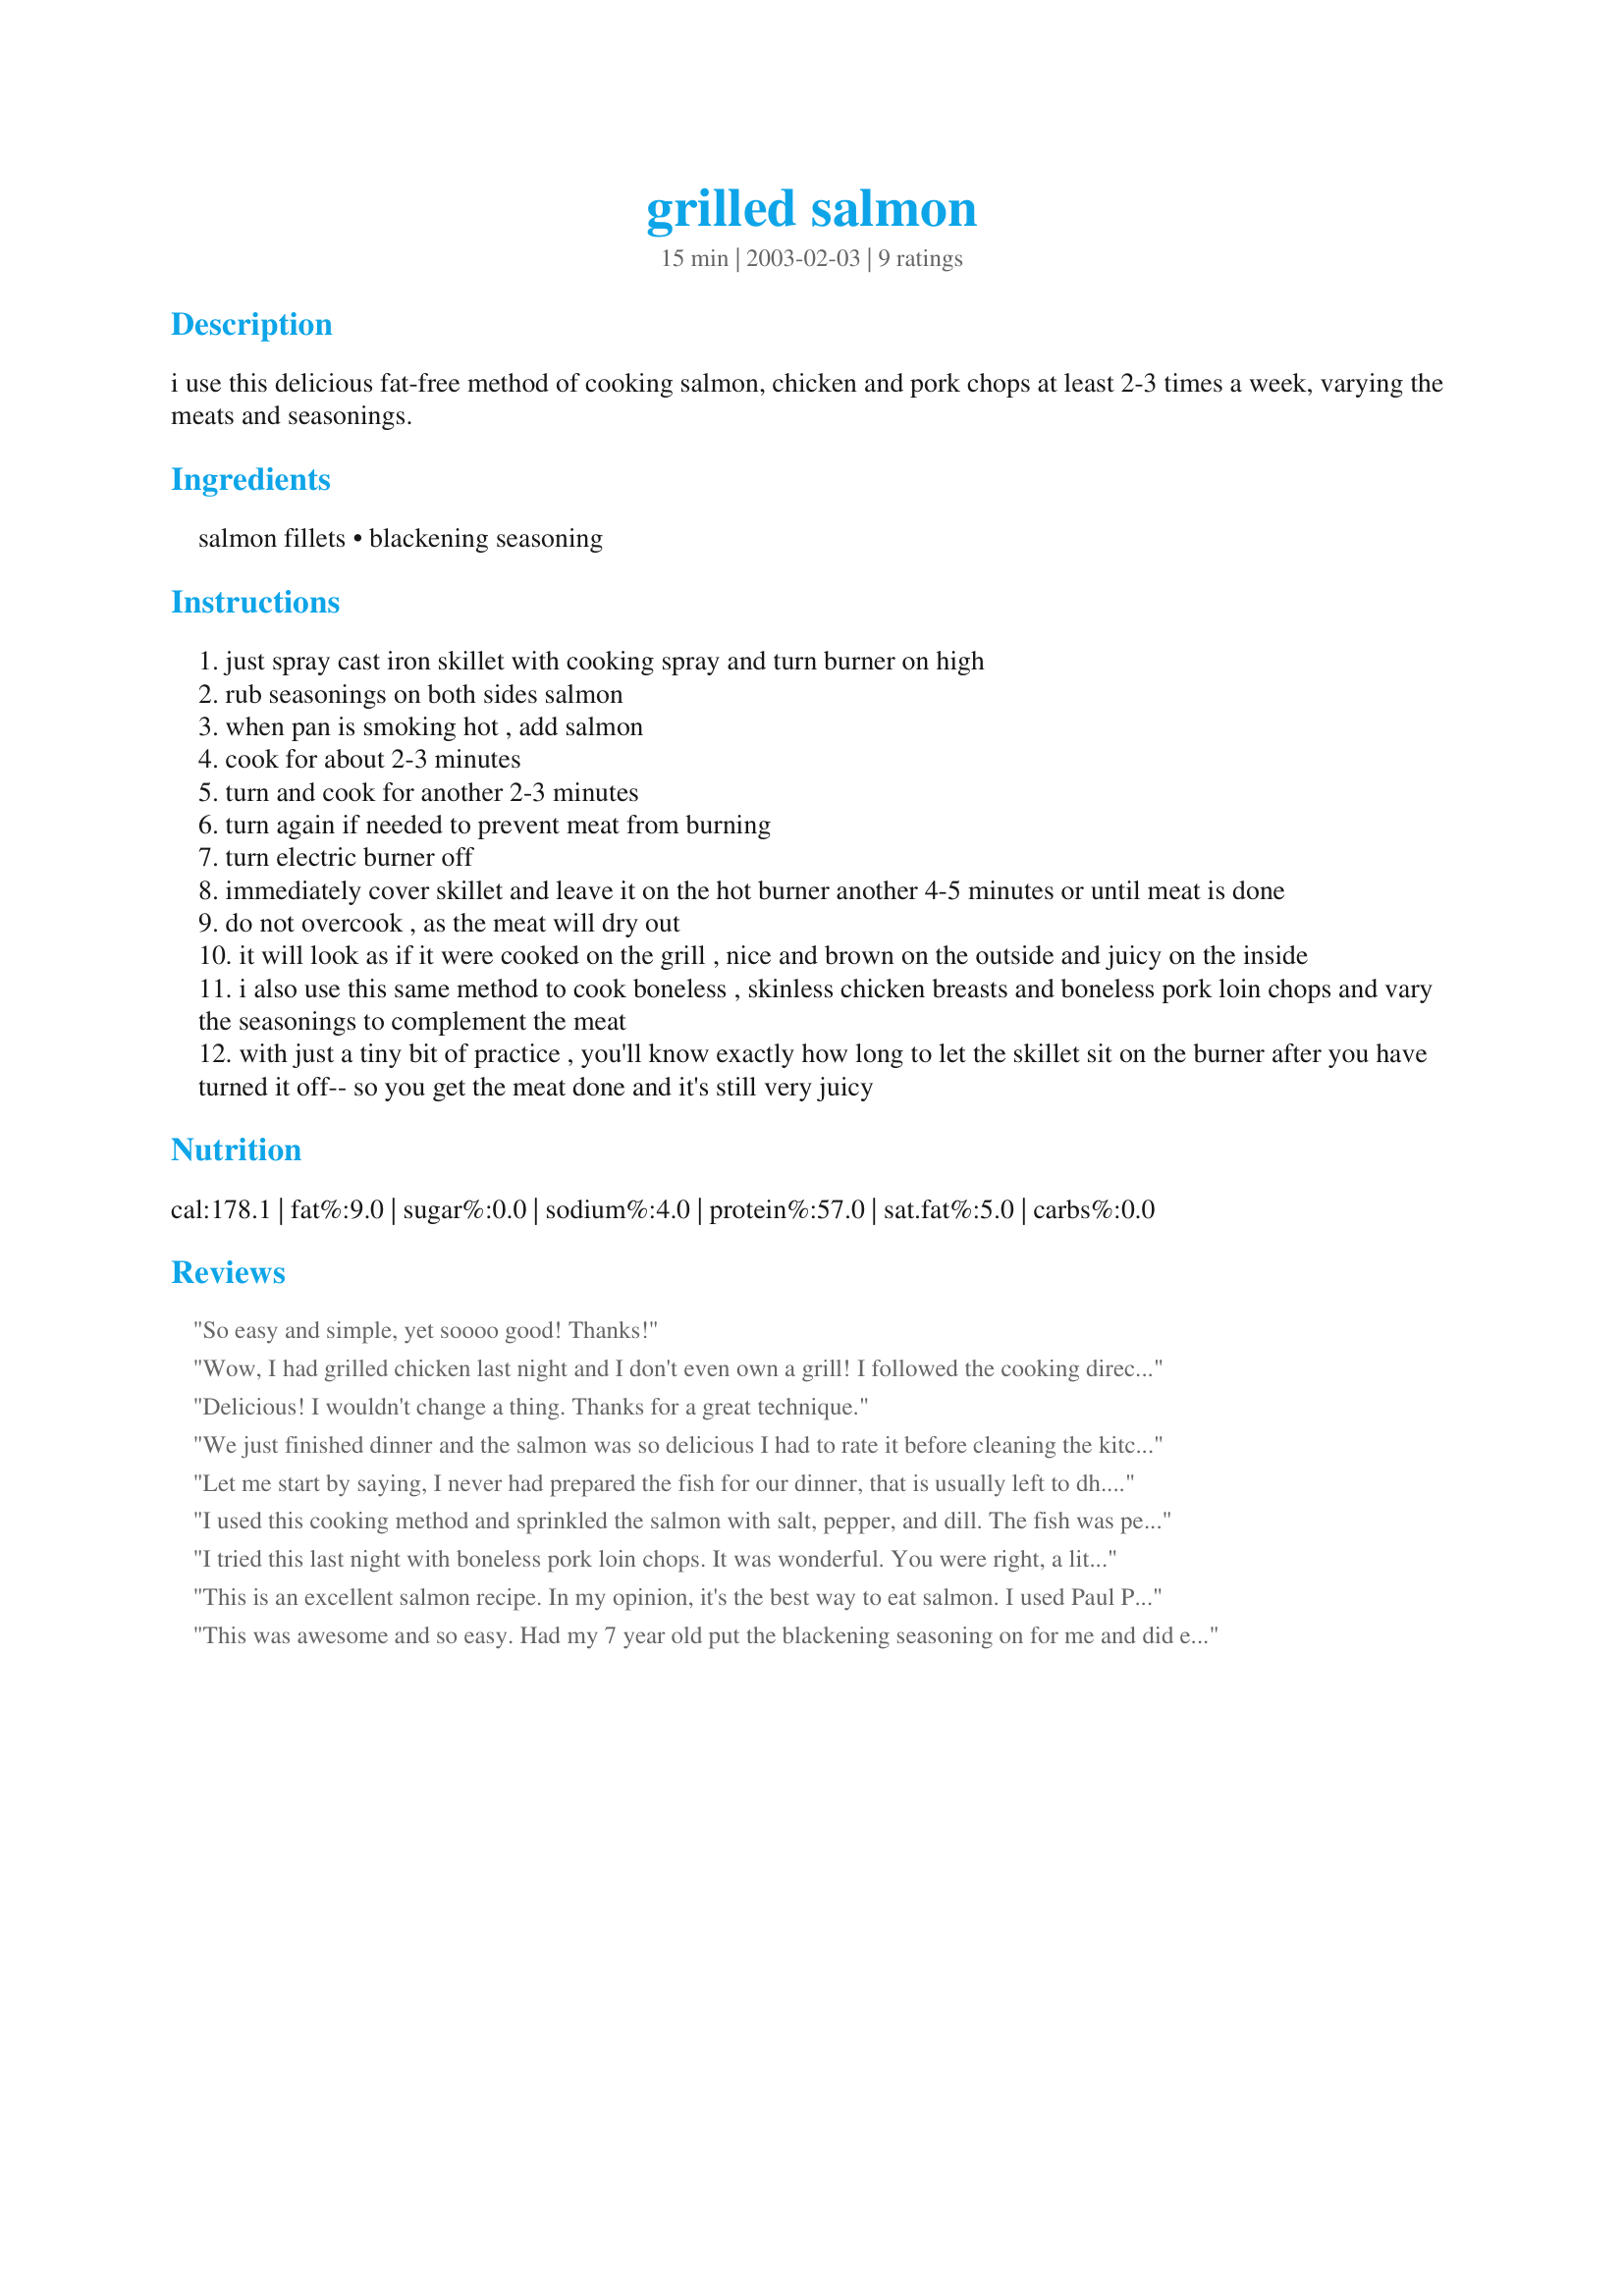
grilled salmon
Preparation time: 15 minutes

i use this delicious fat-free method of cooking salmon, chicken and pork chops at least 2-3 times a week, varying the meats and seasonings.

Ingredients:
salmon fillets, blackening seasoning

Steps:
just spray cast iron skillet with cooking spray and turn burner on high
rub seasonings on both sides salmon
when pan is smoking hot , add salmon
cook for about 2-3 minutes
turn and cook for another 2-3 minutes
turn again if needed to prevent meat from burning
turn electric burner off
immediately cover skillet and leave it on the hot burner another 4-5 minutes or until meat is done
do not overcook , as the meat will dry out
it will look as if it were cooked on the grill , nice and brown on the outside and juicy on the inside
i also use this same method to cook boneless , skinless chicken breasts and boneless pork loin chops and vary the seasonings to complement the meat
with just a tiny bit of practice , you'll know exactly how long to let the skillet sit on the burner after you have turned it off-- so you get the meat done and it's still very juicy

Reviews:
So easy and simple, yet soooo good! Thanks!
Wow, I had grilled chicken last night and I don't even own a grill! I followed the cooking directions exactly and was happy with the finished product. My chicken breast had been soaking in a marinade (#49980) overnight, so I probably had more smoke and burnt goo than I would have with a simply seasoned piece of meat, but it was very tasty, and I enjoyed that grilled taste. Will be cooking more chicken this way.
Delicious! I wouldn't change a thing. Thanks for a great technique.
We just finished dinner and the salmon was so delicious I had to rate it before cleaning the kitchen!!! I used Miller's Blackening Spice Mix (#23983) with one and one half teaspoons of cayenne powder, not two. It was heaven on a plate next to pasta with pesto, and green peas with onions!!!! No leftovers!!!!
 Let me start by saying, I never had prepared the fish for our dinner, that is usually left to dh. I needed to do it myself, so I referenced trusty Zaar and found this gem. I didn't have any blackening seasons, so I used Montreal seasoning. I also used a tad of olive oil to coat the fish before I rubbed it down. Thanks for making it this easy to prepare. I might be taking over the fish now, lol. I did change the seasoning, but highly recommend the method....Thanks.
I used this cooking method and sprinkled the salmon with salt, pepper, and dill. The fish was perfect...moist and flaky. Thanks! I'll be using this method from now on.
I tried this last night with boneless pork loin chops. It was wonderful. You were right, a little crusty on the outside and very moist on the inside. My husband was a little worried when he saw all the smoke but he was impressed with what he ate. I'm anxious to try it with salmon. Maybe tonight.
This is an excellent salmon recipe. In my opinion, it's the best way to eat salmon. I used Paul Prudhomme's Blackened redfish seasoning.
This was awesome and so easy. Had my 7 year old put the blackening seasoning on for me and did exactly like the recipe stated. No mess, quick and easy and delicious-by 3 boys asked for seconds. Will definitely make this again and will try with chicken also. Thanks.
